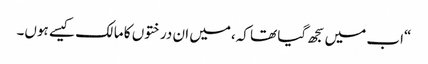
“اب میں سجھ گیا تھا کہ،میں ان درختوں کا مالک کیسے ہوں۔